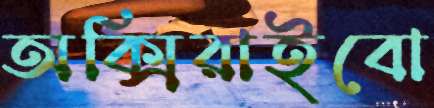
অক্সিরাইবো